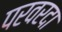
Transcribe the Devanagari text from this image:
परवरदा